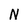
Character: N